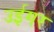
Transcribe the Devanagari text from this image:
उईगर